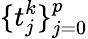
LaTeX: \{ t_{j}^{k}\} _{j=0}^{p}